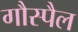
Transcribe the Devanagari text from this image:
गौस्पैल